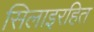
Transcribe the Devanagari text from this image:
सिलाइरहित